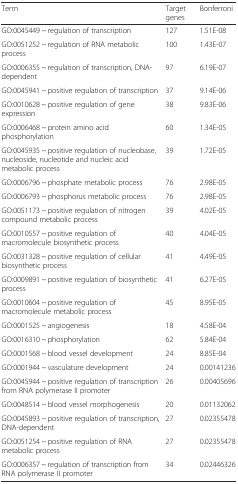
<table><thead><tr><td><b>Term</b></td><td><b>Target genes</b></td><td><b>Bonferroni</b></td></tr></thead><tbody><tr><td>GO:0045449 ~ regulation of transcription</td><td>127</td><td>1.51E-08</td></tr><tr><td>GO:0051252 ~ regulation of RNA metabolic process</td><td>100</td><td>1.43E-07</td></tr><tr><td>GO:0006355 ~ regulation of transcription, DNA-dependent</td><td>97</td><td>6.19E-07</td></tr><tr><td>GO:0045941 ~ positive regulation of transcription</td><td>37</td><td>9.14E-06</td></tr><tr><td>GO:0010628 ~ positive regulation of gene expression</td><td>38</td><td>9.83E-06</td></tr><tr><td>GO:0006468 ~ protein amino acid phosphorylation</td><td>60</td><td>1.34E-05</td></tr><tr><td>GO:0045935 ~ positive regulation of nucleobase, nucleoside, nucleotide and nucleic acid metabolic process</td><td>39</td><td>1.72E-05</td></tr><tr><td>GO:0006796 ~ phosphate metabolic process</td><td>76</td><td>2.98E-05</td></tr><tr><td>GO:0006793 ~ phosphorus metabolic process</td><td>76</td><td>2.98E-05</td></tr><tr><td>GO:0051173 ~ positive regulation of nitrogen compound metabolic process</td><td>39</td><td>4.02E-05</td></tr><tr><td>GO:0010557 ~ positive regulation of macromolecule biosynthetic process</td><td>40</td><td>4.04E-05</td></tr><tr><td>GO:0031328 ~ positive regulation of cellular biosynthetic process</td><td>41</td><td>4.49E-05</td></tr><tr><td>GO:0009891 ~ positive regulation of biosynthetic process</td><td>41</td><td>6.27E-05</td></tr><tr><td>GO:0010604 ~ positive regulation of macromolecule metabolic process</td><td>45</td><td>8.95E-05</td></tr><tr><td>GO:0001525 ~ angiogenesis</td><td>18</td><td>4.58E-04</td></tr><tr><td>GO:0016310 ~ phosphorylation</td><td>62</td><td>5.84E-04</td></tr><tr><td>GO:0001568 ~ blood vessel development</td><td>24</td><td>8.85E-04</td></tr><tr><td>GO:0001944 ~ vasculature development</td><td>24</td><td>0.00141236</td></tr><tr><td>GO:0045944 ~ positive regulation of transcription from RNA polymerase II promoter</td><td>26</td><td>0.00405696</td></tr><tr><td>GO:0048514 ~ blood vessel morphogenesis</td><td>20</td><td>0.01132062</td></tr><tr><td>GO:0045893 ~ positive regulation of transcription, DNA-dependent</td><td>27</td><td>0.02355478</td></tr><tr><td>GO:0051254 ~ positive regulation of RNA metabolic process</td><td>27</td><td>0.02355478</td></tr><tr><td>GO:0006357 ~ regulation of transcription from RNA polymerase II promoter</td><td>34</td><td>0.02446326</td></tr></tbody></table>